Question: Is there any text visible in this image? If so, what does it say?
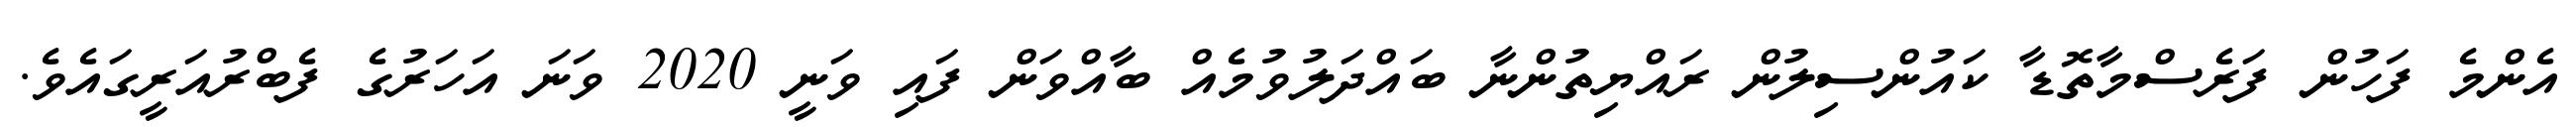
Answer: އެންމެ ފަހުން ފަރެސްމާތޮޑާ ކައުންސިލުން ރައްޔިތުންނާ ބައްދަލުވުމެއް ބާއްވަން ފައި ވަނީ 2020 ވަނަ އަހަރުގެ ފެބްރުއަރީގައެވެ.